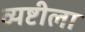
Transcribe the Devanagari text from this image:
व्यष्टीला